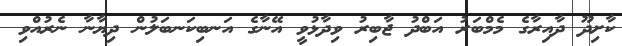
ކާށިދޫ ދާއިރާގެ މެމްބަރު އަބްދު ޖާބިރު ވިދާޅުވީ އޭނާގެ އަނބިކަނބަލުން ދިޔާނާ ނެރުއްވި